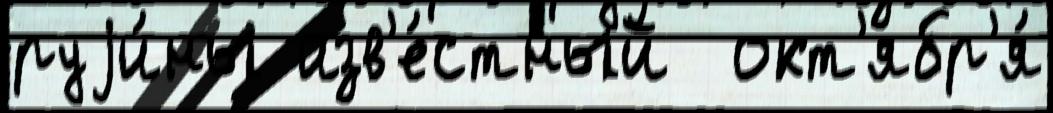
руjи́ны изв'е́стный  окт'ябр'я́